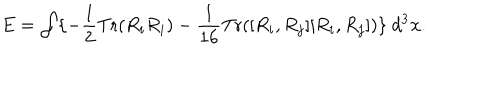
LaTeX: E = \int \{ - \frac { 1 } { 2 } \mathrm { T r } ( R _ { i } R _ { i } ) - \frac { 1 } { 1 6 } \mathrm { T r } ( [ R _ { i } , R _ { j } ] [ R _ { i } , R _ { j } ] ) \} \ d ^ { 3 } { \bf x } .